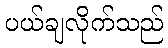
ပယ်ချလိုက်သည်